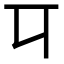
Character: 㔿